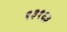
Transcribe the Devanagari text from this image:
१३१६३